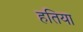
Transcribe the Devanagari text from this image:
हतिया